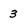
Character: 3